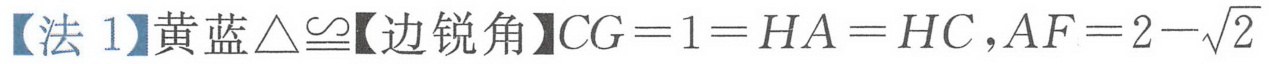
【法 1】黄蓝\(\triangle\cong\)【边锐角】\(CG = 1=HA = HC\)，\(AF = 2-\sqrt{2}\)